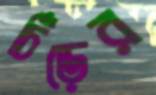
চিঁড়ের